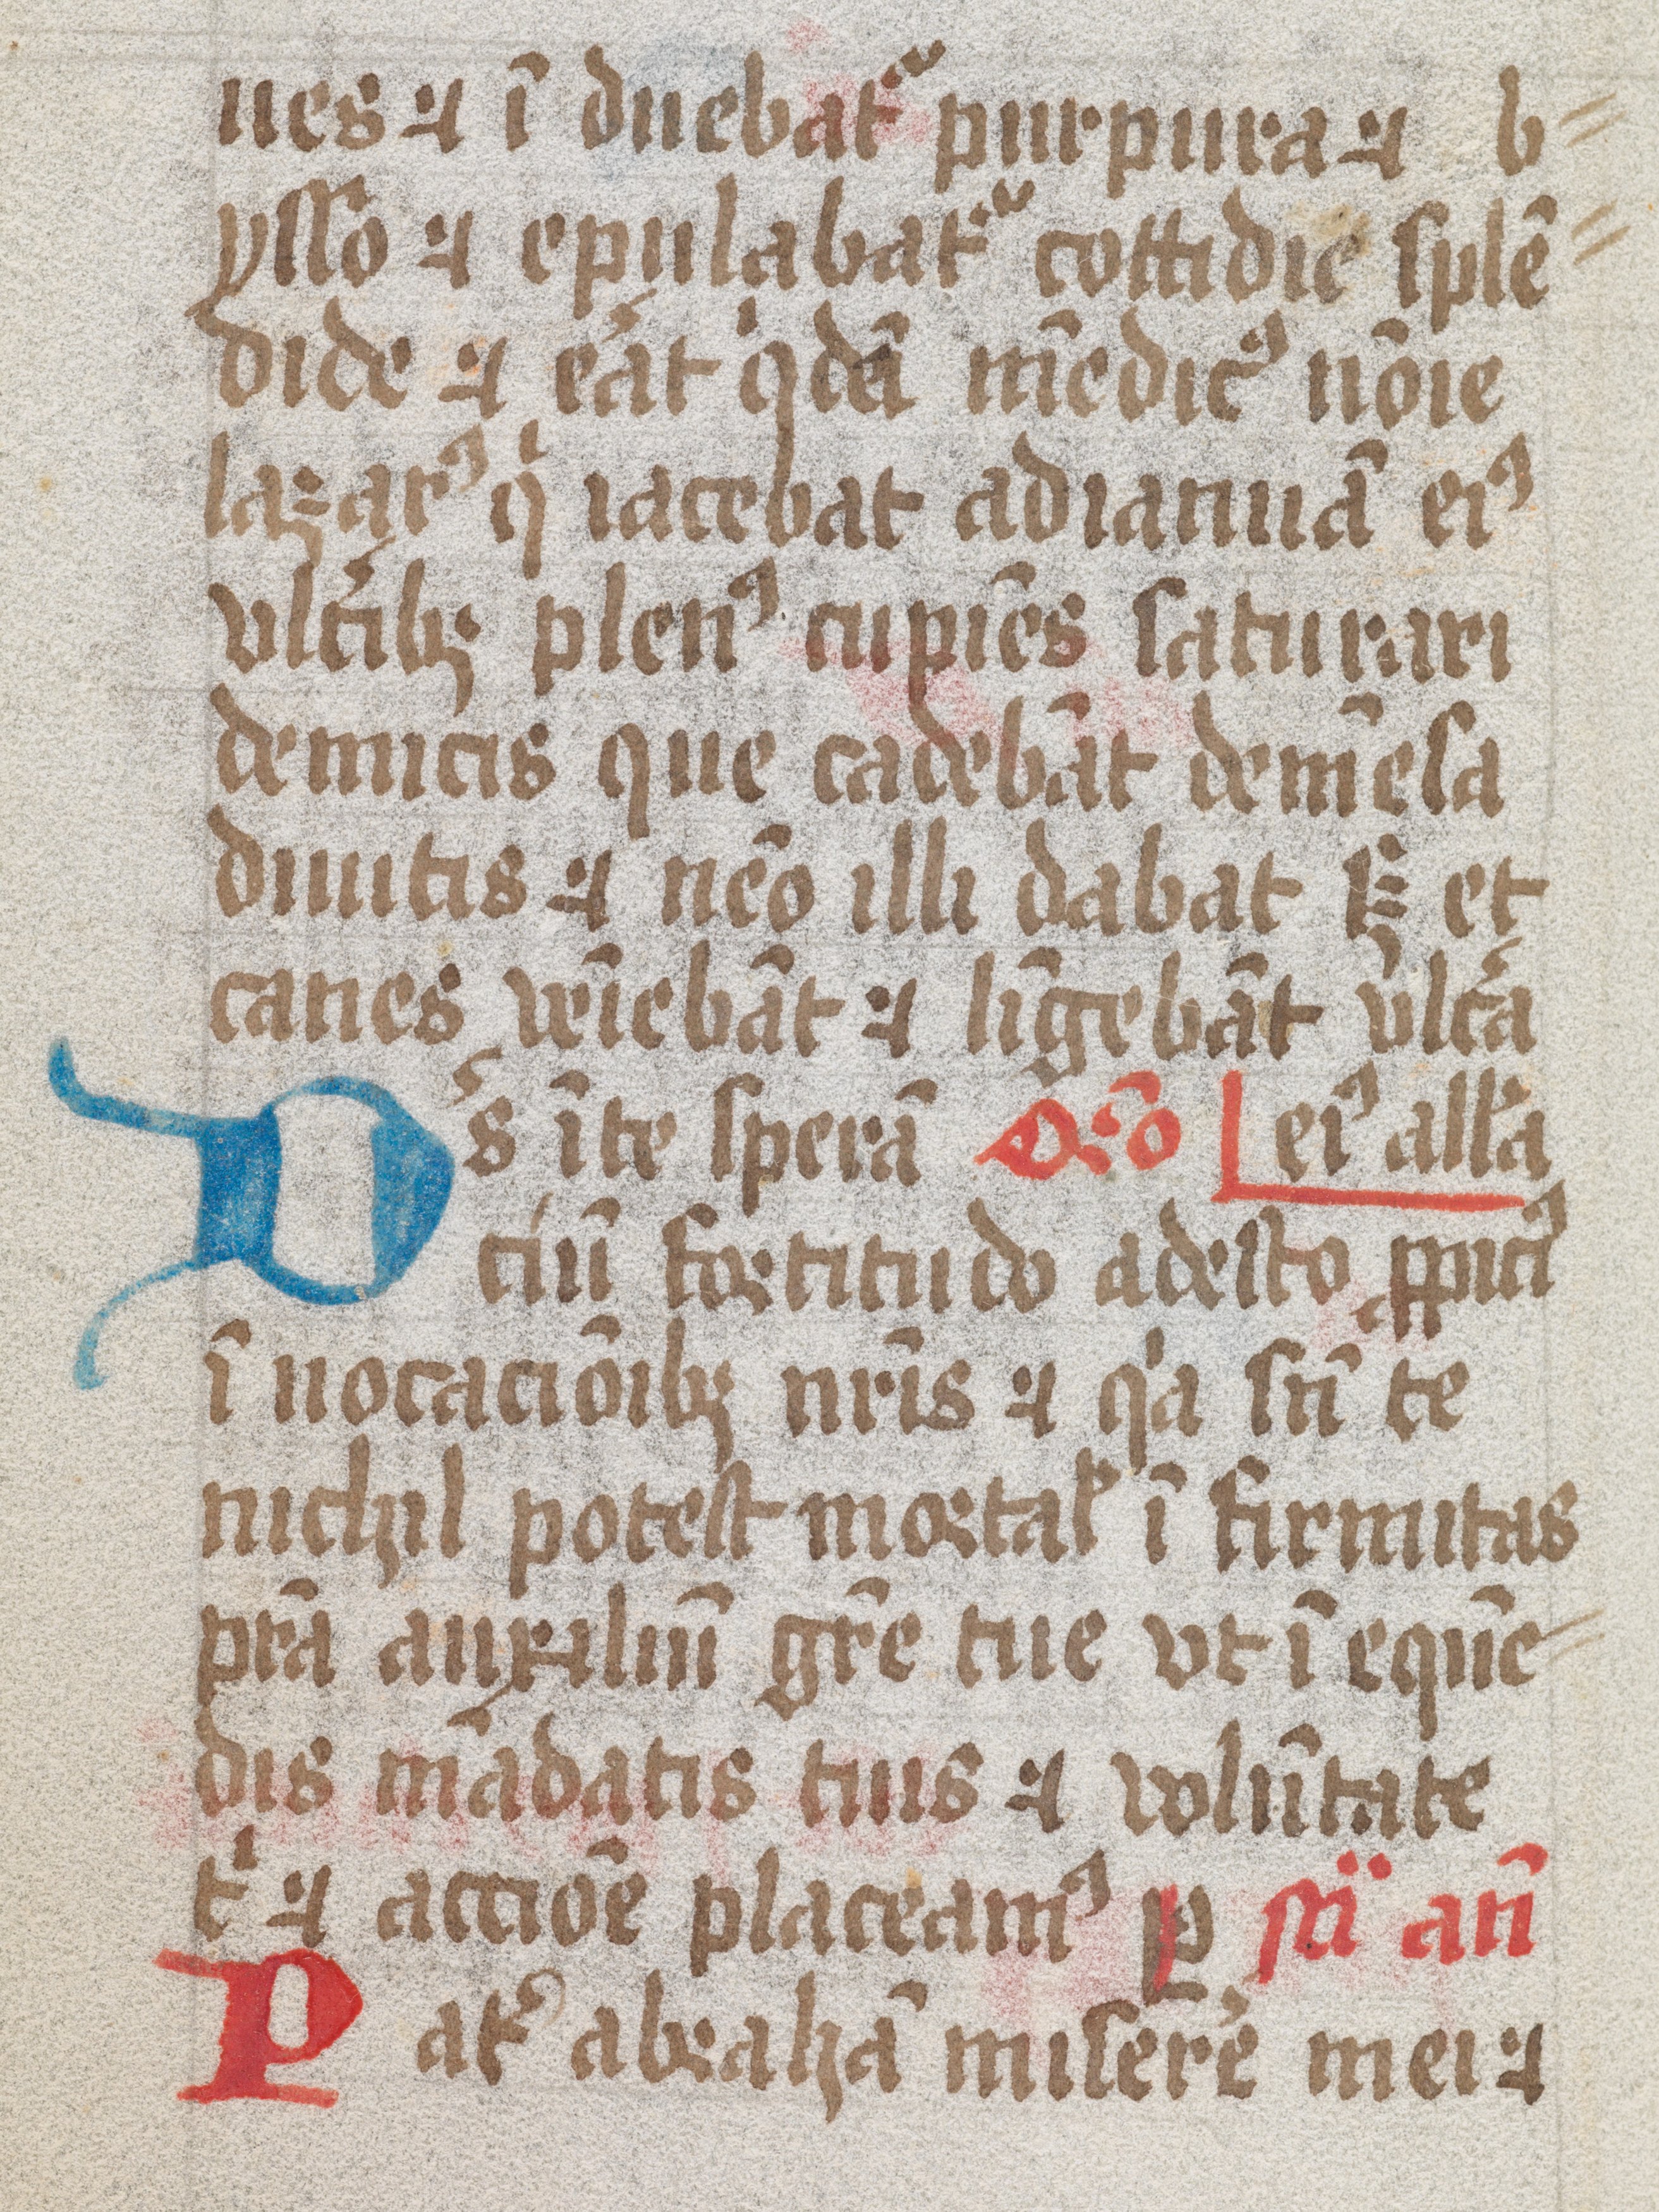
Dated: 1461–1499